Calcutta medical institutions reports 1871-78
Year: 1871
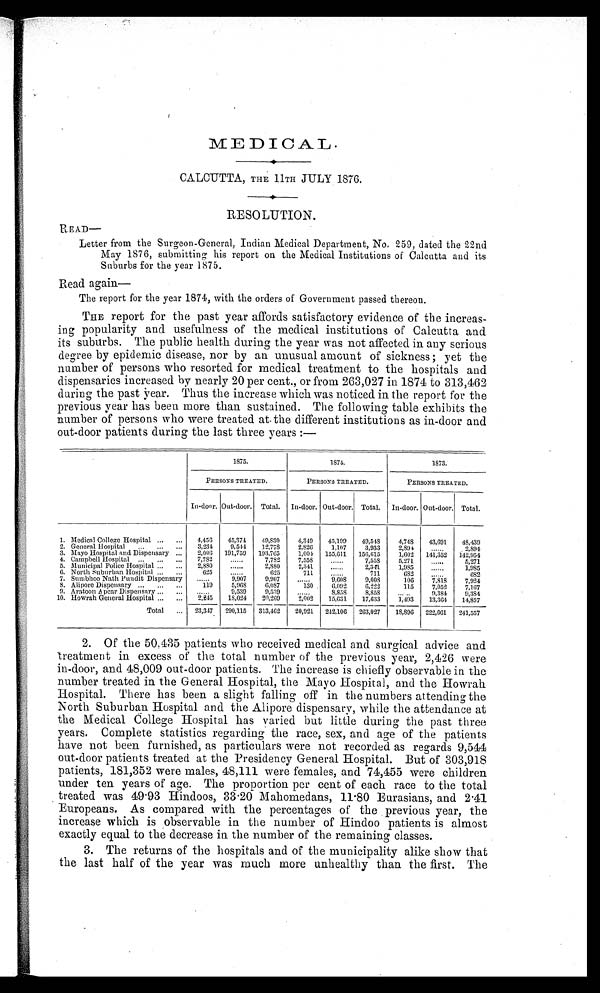
CALCUTTA, THE 11TH JULY 1876.
RESOLUTION.
READ
—
Letter from the Surgeon-General, Indian Medical Department, No. 259, dated the 22nd
May 1876, submitting his report on the Medical Institutions of Calcutta and its
Suburbs for the year 1875.
Read again
—
The report for the year 1874, with the orders of Government passed thereon.
THE report for the past year affords satisfactory evidence of the increas
-ing popularity and usefulness of the medical institutions of Calcutta and
its suburbs. The public health during the year was not affected in any serious
degree by epidemic disease, nor by an unusual amount of sickness ; yet the
number of persons who resorted for medical treatment to the hospitals and
dispensaries increased by nearly 20 per cent., or from 263,027 in 1874 to 313,462
during the past pear. Thus the increase which was noticed in the report for the
previous year has been more than sustained. The following table exhibits the
number of persons who were treated at the different institutions as in-door and
out-door patients during the last three years :—
1875.
1874.
1873.
PERSONS TREATED.
PERSONS TREATED.
PERSONS TREATED.
In-door. Out-door. Total. In-door. Out-door. Total. In-door. Out-door. Total.
1. Medical College Hospital
4,456 45,374 49,830
4, 349
45,199
49,548
4,748 43,691 48, 439
2. General Hospital
3,234
9,544 12,778
2,826
1,107
3,933
2,894
2, 894
3. Mayo Hospital and Dispensary
2,006 191,759 193,765
1, 004 155,611 156,615
1,602 141,352 142,954
4. Campbell Hospital
7,782
7,782
7,558
7,558
5,271
5,271
5. Municipal Police Hospital
2,880
2,880
2,341
2,341
1,985
1,985
6. North Suburban Hospital
625
625
711
711
682
682
7. Sumbhoo Nath Pundit Dispensary
9,907
9 , 9 0 7
9 , 6 0 8
9,608
1 0 6
7,818
7 , 9 2 4
8. Alipore Dispensary
1 1 9
5,968
6,087
130
6,092
6,222
115
7,052 7,167
9. Aratoon A pear Dispensary
9,539
9,539
8, 858
8,858
.
9,384 9, 384
10. Howrah General Hospital
2,245 18,024 20,269
2,002 15,631 17,633 1,493 13,364 14,857
Total
2 3 , 3 4 7
290,115 313,462 20,921 242,106 263,027 18,896 222,661 241,557
2. Of the 50,435 patients who received medical and surgical advice and
treatment in excess of the total number of the previous year, 2,426 were
in-door, and 48,009 out-door patients. The increase is chiefly observable in the
number treated in. the General Hospital, the Mayo Hospital, and the Howrah
Hospital. There has been a slight falling off in the numbers attending the
North Suburban Hospital and the Alipore dispensary, while the attendance at
the Medical College Hospital has varied but little during the past three
years. Complete statistics regarding the race, sex, and age of the patients
have not been furnished, as particulars were not recorded as regards 9,544
out-door patients treated at the Presidency General Hospital. But of 303,918
patients, 181,352 were males, 48,111 were females, and 74,455 were children
under ten years of age. The proportion per cent of each race to the total
treated was 49.93 Hindoos, 33.20 Mahomedans, 11.80 Eurasians, and 2.41
Europeans. As compared with the percentages of the previous year, the
increase which is observable in the number of Hindoo patients is almost
exactly equal to the decrease in the number of the remaining classes.
3. The returns of the hospitals and of the municipality alike show that
the last half of the year was much more unhealthy than the first. The